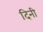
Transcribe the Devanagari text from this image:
दिनी